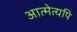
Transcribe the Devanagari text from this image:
आत्मेत्यपि